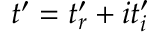
t ^ { \prime } = t _ { r } ^ { \prime } + i t _ { i } ^ { \prime }